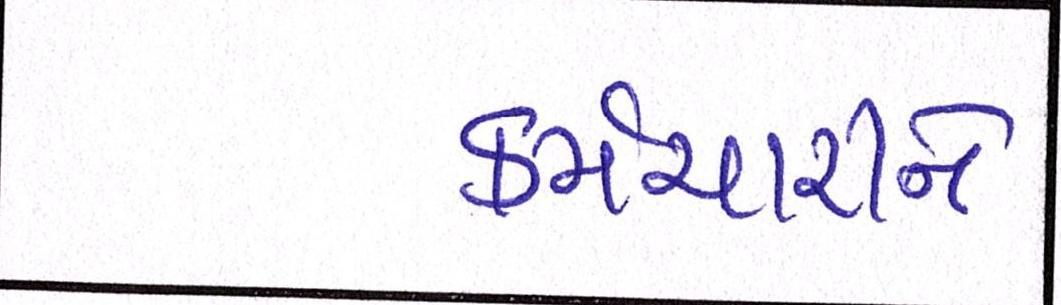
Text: કર્મચારીને